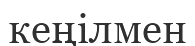
кеңілмен